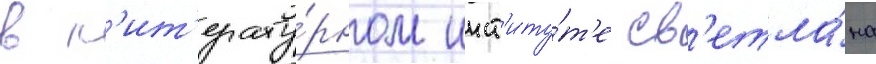
в л'ит'ерату́рном инст'иту́т'е св'етла́на